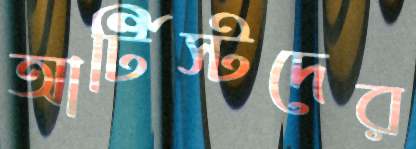
আর্টিস্টদের